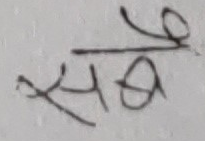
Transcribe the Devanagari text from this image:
सबै